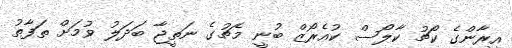
އީރާންގެ ކޯޗު ކާލޯސް ކުއެރޯޒް ބުނީ މެޗުގެ ނަތީޖާ ބަދަލު ވުމަށް ތަފާތު